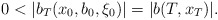
\begin{align*} 0 < |b_T(x_0, b_0, \xi_0) | = |b(T, x_T)|.\end{align*}